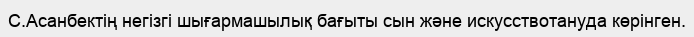
С.Асанбектiң негiзгi шығармашылық бағыты сын және искусствотануда көрiнген.